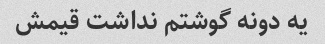
یه دونه گوشتم نداشت قیمش